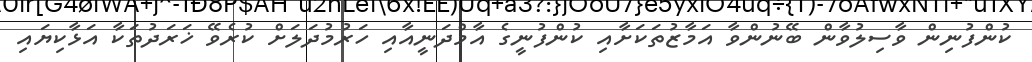
ކުންފުނިން ވާސިލުވާން ބޭނުންވާ އަމާޒުތަކަށާއި ކުންފުނީގެ އާމްދަނީއާއި ހަރުމުދަލަށް ކުރެވޭ ޚަރަދުތަކާ އަޅާކިޔައި